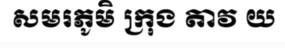
សមរភូមិ ក្រុង តាវ យ